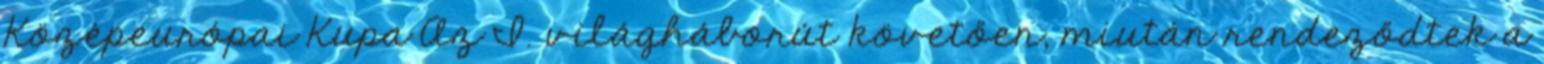
Középeurópai Kupa Az I. világháborút követően, miután rendeződtek a